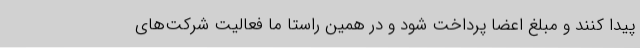
پیدا کنند و مبلغ اعضا پرداخت شود و در همین راستا ما فعالیت شرکت‌های